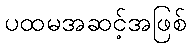
ပထမအဆင့်အဖြစ်